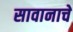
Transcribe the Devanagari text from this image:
सावानाचे